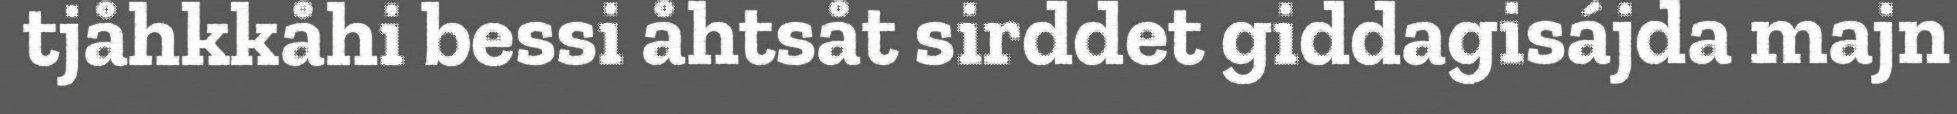
tjåhkkåhi bessi åhtsåt sirddet giddagisájda majn